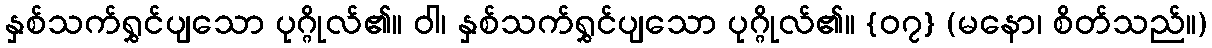
နှစ်သက်ရွှင်ပျသော ပုဂ္ဂိုလ်၏။ ဝါ၊ နှစ်သက်ရွှင်ပျသော ပုဂ္ဂိုလ်၏။ {၀၇} (မနော၊ စိတ်သည်။)